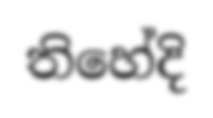
තිහේදි